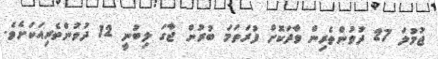
ޖުމުލަ 27 ދުވުންތެރިން ވާދަކޮށް ފުރަތަމަ ބުރުން ޖާގަ ލިބުނީ 12 ދުވުންތެރިއަކަށެވެ.